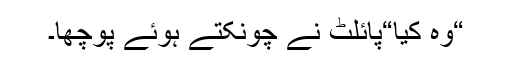
“وہ کیا“پائلٹ نے چونکتے ہوئے پوچھا۔